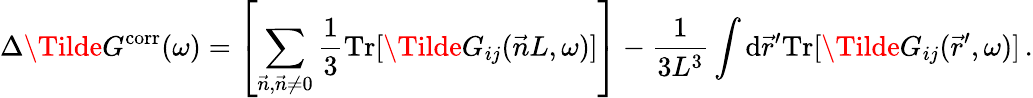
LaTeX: \Delta\Tilde{G}^{\mathrm{corr}}(\omega)=\left[\sum_{\vec{n},\vec{n}\neq 0}\frac{1}{3}\mathrm{Tr}[\Tilde{G}_{ij}(\vec{n}L,\omega)]\right]-\frac{1}{3L^{3}}\int\mathrm{d}\vec{r}^{\prime}\mathrm{Tr}[\Tilde{G}_{ij}(\vec{r}^{\prime},\omega)]\, .